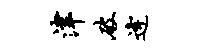
津破逄